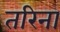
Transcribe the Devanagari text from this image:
तरिना